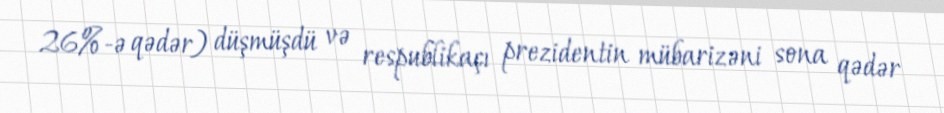
26%-ə qədər) düşmüşdü və respublikaçı prezidentin mübarizəni sona qədər